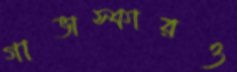
গাভাস্কারও